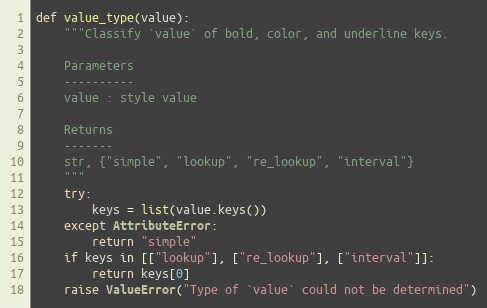
Language: Python
def value_type(value):
    """Classify `value` of bold, color, and underline keys.

    Parameters
    ----------
    value : style value

    Returns
    -------
    str, {"simple", "lookup", "re_lookup", "interval"}
    """
    try:
        keys = list(value.keys())
    except AttributeError:
        return "simple"
    if keys in [["lookup"], ["re_lookup"], ["interval"]]:
        return keys[0]
    raise ValueError("Type of `value` could not be determined")